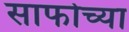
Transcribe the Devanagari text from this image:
साफोच्या